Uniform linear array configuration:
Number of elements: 64
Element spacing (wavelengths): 0.25
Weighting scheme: hann
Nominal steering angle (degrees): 15
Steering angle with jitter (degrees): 16.363
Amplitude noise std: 0.05
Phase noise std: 0.05

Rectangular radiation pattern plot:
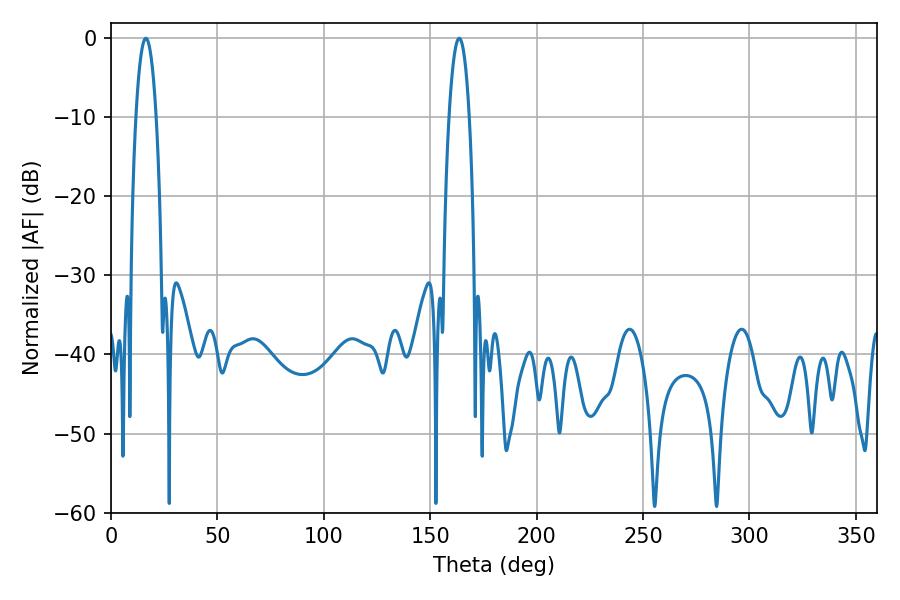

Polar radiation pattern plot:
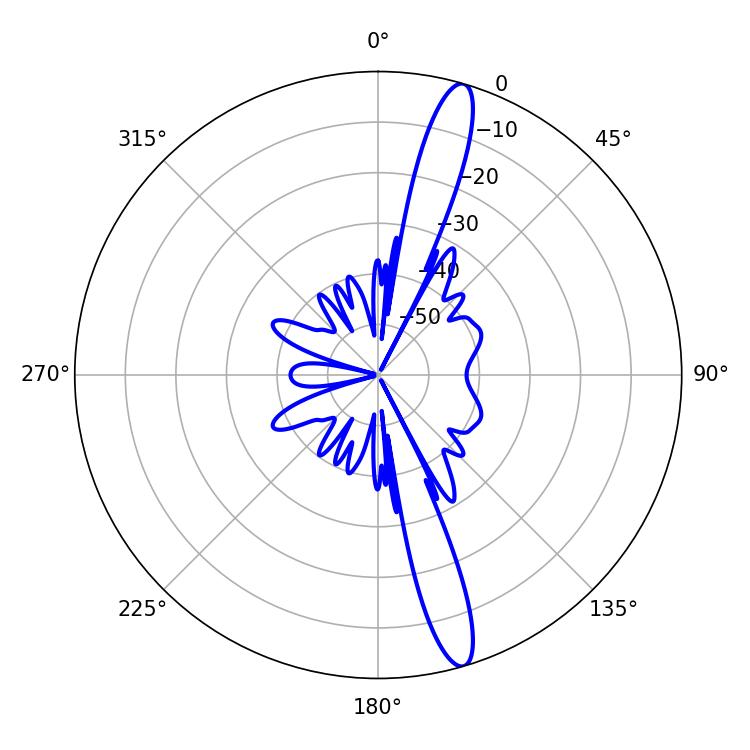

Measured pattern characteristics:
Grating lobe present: FALSE
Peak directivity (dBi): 15.512
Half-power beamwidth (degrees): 5.4
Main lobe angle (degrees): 16.38